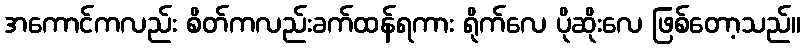
အကောင်ကလည်း စိတ်ကလည်းခက်ထန်ရကား ရိုက်လေ ပိုဆိုးလေ ဖြစ်တော့သည်။